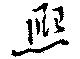
熈